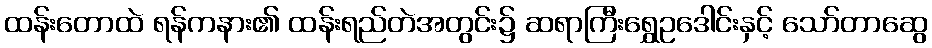
ထန်းတောထဲ ရန်ကနား၏ ထန်းရည်တဲအတွင်း၌ ဆရာကြီးရွှေဥဒေါင်းနှင့် သော်တာဆွေ